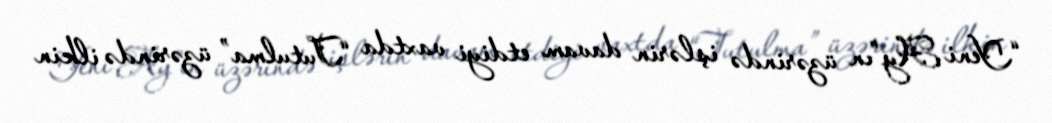
“Yeni Ay”ın üzərində işlərin davam etdiyi vaxtda “Tutulma” üzərində ilkin